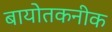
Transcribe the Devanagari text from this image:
बायोतकनीक